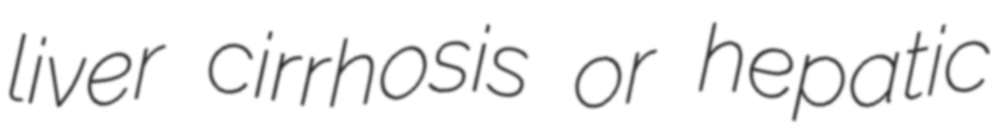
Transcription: liver cirrhosis or hepatic